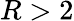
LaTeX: R>2